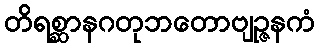
တိရစ္ဆာနဂတုဘတောဗျဉ္ဇနကံ